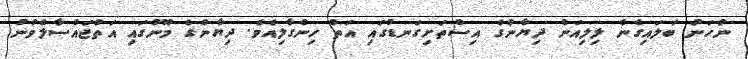
ނުހަނު ބަލައިގެން ލިލިއަން ދިޔާންގެ އިސްތަށިގަނޑުގައި އަތް ހިންގާލިއެެވެ. ދިޔާންގެ މޫނުގައި އަތްޖައްސާލެވުނު